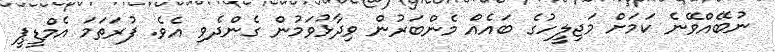
ނުބޭއްވޭނެ ކަމަށް މަޖިލީހުގެ ބައެއް މެންބަރުން ވިދާޅުވަމުން ގެންދެވި އެވެ. ފުރަތަމަ އެމްޑީޕީ